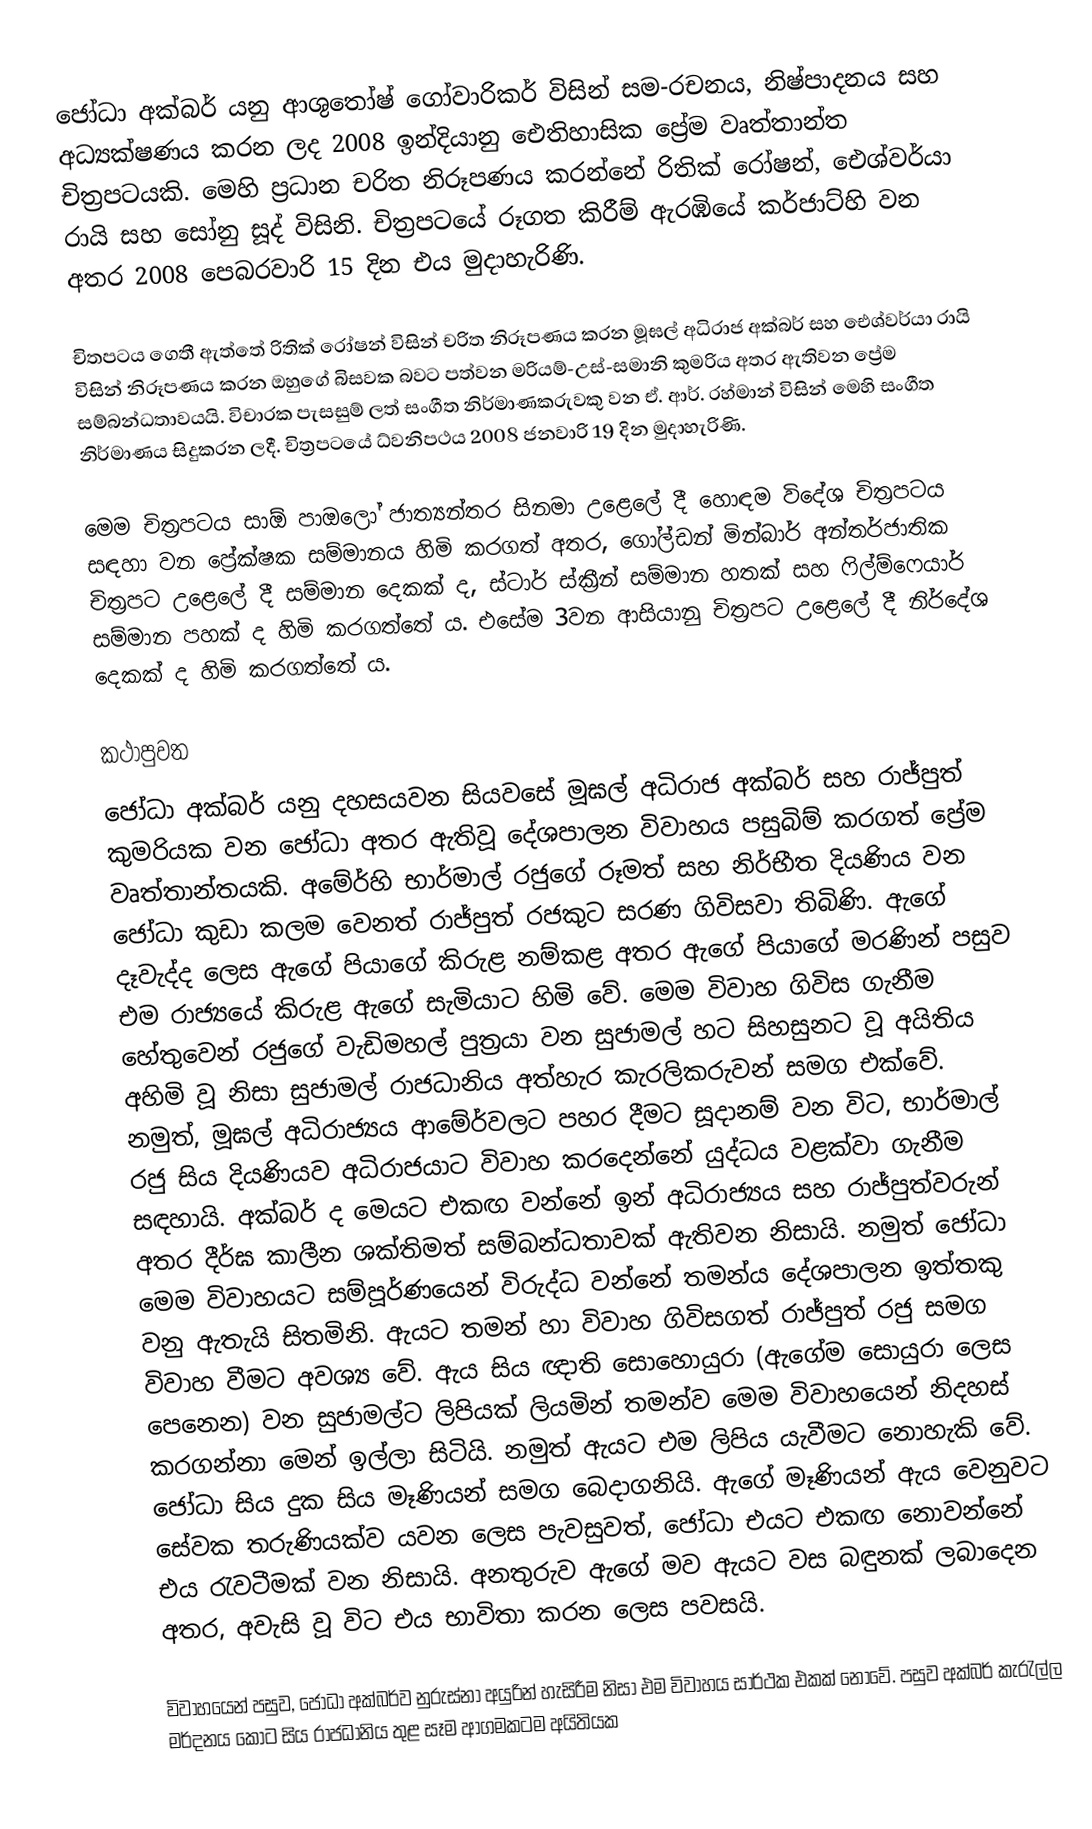
ජෝධා අක්බර් යනු ආශුතෝෂ් ගෝවාරිකර්  විසින් සම-රචනය, නිෂ්පාදනය සහ අධ්‍යක්ෂණය කරන ලද 2008 ඉන්දියානු ඓතිහාසික ප්‍රේම වෘත්තාන්ත චිත්‍රපටයකි. මෙහි ප්‍රධාන චරිත නිරූපණය කරන්නේ රිතික් රෝෂන්, ඓශ්වර්යා රායි සහ සෝනු සූද් විසිනි. චිත්‍රපටයේ රූගත කිරීම් ඇරඹියේ කර්ජාට්හි වන අතර 2008 පෙබරවාරි 15 දින එය මුදාහැරිණි.

චිතපටය ගෙතී ඇත්තේ රිතික් රෝෂන් විසින් චරිත නිරූපණය කරන මූඝල් අධිරාජ අක්බර් සහ ඓශ්වර්යා රායි විසින් නිරූපණය කරන ඔහුගේ බිසවක බවට පත්වන මරියම්-උස්-සමානි කුමරිය අතර ඇතිවන ප්‍රේම සම්බන්ධතාවයයි. විචාරක පැසසුම් ලත් සංගීත නිර්මාණකරුවකු වන ඒ. ආර්. රහ්මාන් විසින් මෙහි සංගීත නිර්මාණය සිදුකරන ලදී. චිත්‍රපටයේ ධ්වනිපථය 2008 ජනවාරි 19 දින මුදාහැරිණි.

මෙම චිත්‍රපටය සාඕ පාඔලෝ ජාත්‍යන්තර සිනමා උළෙලේ දී හොඳම විදේශ චිත්‍රපටය සඳහා වන ප්‍රේක්ෂක සම්මානය හිමි කරගත් අතර, ගෝල්ඩන් මින්බාර් අන්තර්ජාතික චිත්‍රපට උළෙලේ දී සම්මාන දෙකක් ද, ස්ටාර් ස්ක්‍රීන් සම්මාන හතක් සහ ෆිල්ම්ෆෙයාර් සම්මාන පහක් ද හිමි කරගත්තේ ය. එසේම 3වන ආසියානු චිත්‍රපට උළෙලේ දී නිර්දේශ දෙකක් ද හිමි කරගත්තේ ය.

කථාපුවත
ජෝධා අක්බර් යනු දහසයවන සියවසේ මූඝල් අධිරාජ අක්බර් සහ රාජ්පුත් කුමරියක වන ජෝධා අතර ඇතිවූ දේශපාලන විවාහය පසුබිම් කරගත් ප්‍රේම වෘත්තාන්තයකි. අමේර්හි භාර්මාල් රජුගේ රූමත් සහ නිර්භීත දියණිය වන ජෝධා කුඩා කලම වෙනත් රාජ්පුත් රජකුට සරණ ගිවිසවා තිබිණි. ඇගේ දෑවැද්ද ලෙස ඇගේ පියාගේ කිරුළ නම්කළ අතර ඇගේ පියාගේ මරණින් පසුව එම රාජ්‍යයේ කිරුළ ඇගේ සැමියාට හිමි වේ. මෙම විවාහ ගිවිස ගැනීම හේතුවෙන් රජුගේ වැඩිමහල් පුත්‍රයා වන සුජාමල් හට සිහසුනට වූ අයිතිය අහිමි වූ නිසා සුජාමල් රාජධානිය අත්හැර කැරලිකරුවන් සමග එක්වේ. නමුත්, මූඝල් අධිරාජ්‍යය ආමේර්වලට පහර දීමට සූදානම් වන විට, භාර්මාල් රජු සිය දියණියව අධිරාජයාට විවාහ කරදෙන්නේ යුද්ධය වළක්වා ගැනීම සඳහායි. අක්බර් ද මෙයට එකඟ වන්නේ ඉන් අධිරාජ්‍යය සහ රාජ්පුත්වරුන් අතර දීර්ඝ කාලීන ශක්තිමත් සම්බන්ධතාවක් ඇතිවන නිසායි. නමුත් ජෝධා මෙම විවාහයට සම්පූර්ණයෙන් විරුද්ධ වන්නේ තමන්ය දේශපාලන ඉත්තකු වනු ඇතැයි සිතමිනි. ඇයට තමන් හා විවාහ ගිවිසගත් රාජ්පුත් රජු සමග විවාහ වීමට අවශ්‍ය වේ. ඇය සිය ඥාති සොහොයුරා (ඇගේම සොයුරා ලෙස පෙනෙන) වන සුජාමල්ට ලිපියක් ලියමින් තමන්ව මෙම විවාහයෙන් නිදහස් කරගන්නා මෙන් ඉල්ලා සිටියි. නමුත් ඇයට එම ලිපිය යැවීමට නොහැකි වේ. ජෝධා සිය දුක සිය මෑණියන් සමග බෙදාගනියි. ඇගේ මෑණියන් ඇය වෙනුවට සේවක තරුණියක්ව යවන ලෙස පැවසුවත්, ජෝධා එයට එකඟ නොවන්නේ එය රැවටීමක් වන නිසායි. අනතුරුව ඇගේ මව ඇයට වස බඳුනක් ලබාදෙන අතර, අවැසි වූ විට එය භාවිතා කරන ලෙස පවසයි.

විවාහයෙන් පසුව, ජෝධා අක්බර්ව නුරුස්නා අයුරින් හැසිරීම නිසා එම විවාහය සාර්ථක එකක් නොවේ. පසුව අක්බර් කැරැල්ල මර්දනය කොට සිය රාජධානිය තුළ සෑම ආගමකටම අයිතියක